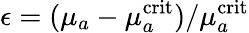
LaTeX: \epsilon=(\mu_{a}-\mu_{a}^{\mathrm{crit}})/\mu_{a}^{\mathrm{crit}}